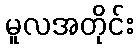
မူလအတိုင်း